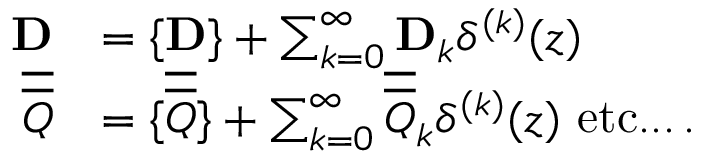
\begin{array} { r l } { \mathbf { D } } & { = \{ \mathbf { D } \} + \sum _ { k = 0 } ^ { \infty } \mathbf { D } _ { k } \delta ^ { ( k ) } ( z ) } \\ { \overline { { \overline { { Q } } } } } & { = \{ \overline { { \overline { { Q } } } } \} + \sum _ { k = 0 } ^ { \infty } \overline { { \overline { { Q } } } } _ { k } \delta ^ { ( k ) } ( z ) \, \, \mathrm { e t c . . . } \, . } \end{array}